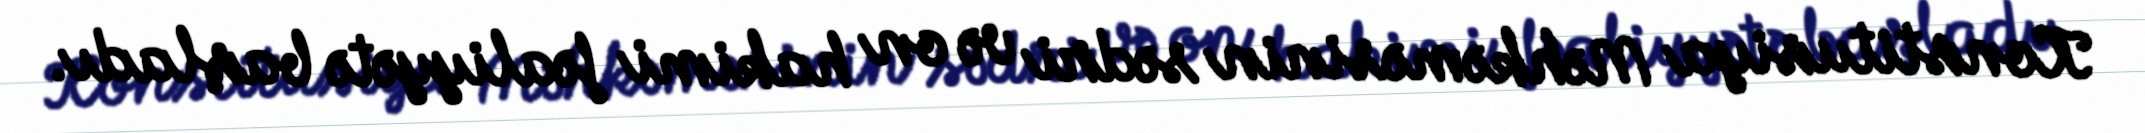
Konstitusiya Məhkəməsinin sədri və on hakimi fəaliyyətə başladı.